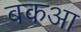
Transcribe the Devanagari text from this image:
बकआ